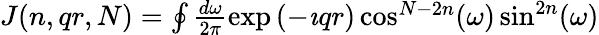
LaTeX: \begin{array}{r}{J(n,qr,N)=\oint\frac{d\omega}{2\pi}\exp\left(-\imath qr\right)\cos^{N-2n}(\omega)\sin^{2n}(\omega)}\end{array}